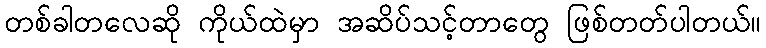
တစ်ခါတလေဆို ကိုယ်ထဲမှာ အဆိပ်သင့်တာတွေ ဖြစ်တတ်ပါတယ်။